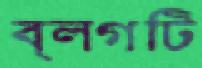
ব্লগটি